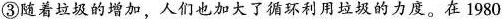
③随着垃圾的增加，人们也加大了循环利用垃圾的力度。在1980